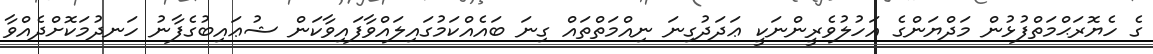
ގެ ހެޔޮރަޙްމަތްފުޅުން މަދްޔަންގެ އަހުލުވެރީންނަކީ ޢަދަދުގިނަ ނިއްމަތްތައް ގިނަ ބައެއްކަމުގައިލައްވާފައިވާކަން ޝުޢައިބުގެފާނު ހަނދުމަކޮށްދެއްވާ